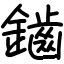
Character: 鑡